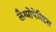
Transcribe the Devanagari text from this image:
लैम्प्रोपेल्टिस